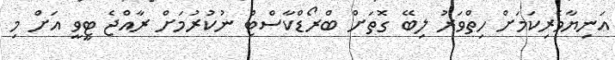
އަނިޔާވެރިކަމަށް ހިތްވަރު ލިބޭ ގޮތަށް ބްރޯޑްކާސްޓް ނުކުރުމަށް ރާއްޖެ ޓީވީ އަށް މި